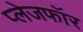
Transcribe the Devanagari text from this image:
प्लेजफॉर